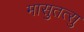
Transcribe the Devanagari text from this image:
मासुतत्सु